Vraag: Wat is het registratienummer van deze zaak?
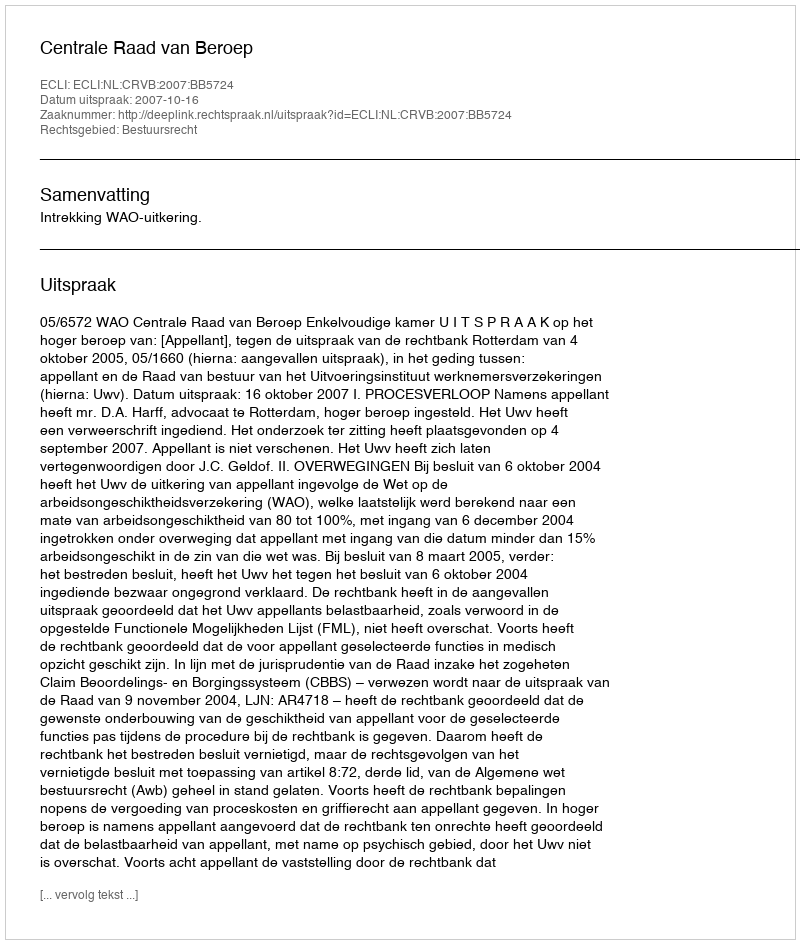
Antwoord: http://deeplink.rechtspraak.nl/uitspraak?id=ECLI:NL:CRVB:2007:BB5724